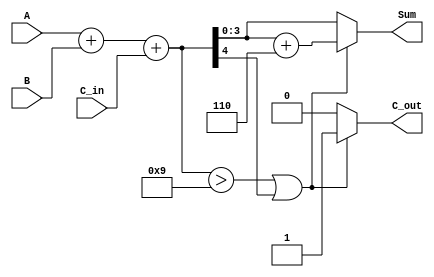
module BCD_Asynchronous_Adder (
    input [3:0] A,       // First BCD digit
    input [3:0] B,       // Second BCD digit
    input C_in,          // Carry input
    output reg [3:0] Sum,// BCD sum output
    output reg C_out     // Carry output
);

    // Intermediate signals
    wire [4:0] binary_sum; // 5 bits to accommodate potential carry
    wire correction_needed; // Flag to indicate if correction is needed

    // Step 1: Binary addition of A, B, and C_in
    assign binary_sum = A + B + C_in;

    // Step 2: Determine if correction is needed
    assign correction_needed = (binary_sum > 9) || binary_sum[4];

    // Step 3: Calculate corrected sum and carry out
    always @(*) begin
        if (correction_needed) begin
            // If correction is needed, add 6 (4'b0110)
            Sum = binary_sum + 6;
            C_out = 1; // Carry out indicates overflow
        end else begin
            Sum = binary_sum[3:0]; // Take only the lower 4 bits
            C_out = 0; // No carry out
        end
    end

endmodule